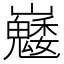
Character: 𡿆